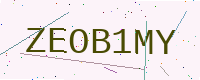
Text: ZEOB1MY